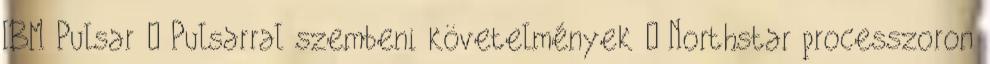
IBM Pulsar ● Pulsarral szembeni követelmények – Northstar processzoron